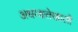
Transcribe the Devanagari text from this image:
अधय्क्षतेखाली